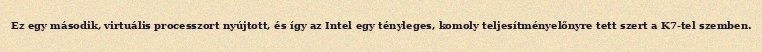
Ez egy második, virtuális processzort nyújtott, és így az Intel egy tényleges, komoly teljesítményelőnyre tett szert a K7-tel szemben.